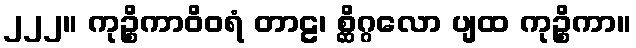
၂၂၂။ ကုဉ္စိကာဝိဝရံ တာဠ၊ စ္ဆိဂ္ဂလော ပျထ ကုဉ္စိကာ။